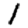
Digit: 1